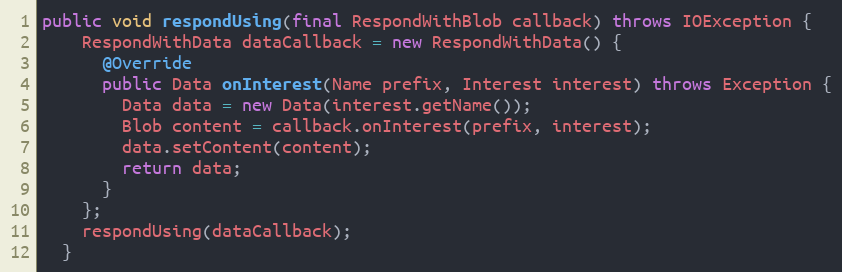
Language: Java
public void respondUsing(final RespondWithBlob callback) throws IOException {
    RespondWithData dataCallback = new RespondWithData() {
      @Override
      public Data onInterest(Name prefix, Interest interest) throws Exception {
        Data data = new Data(interest.getName());
        Blob content = callback.onInterest(prefix, interest);
        data.setContent(content);
        return data;
      }
    };
    respondUsing(dataCallback);
  }